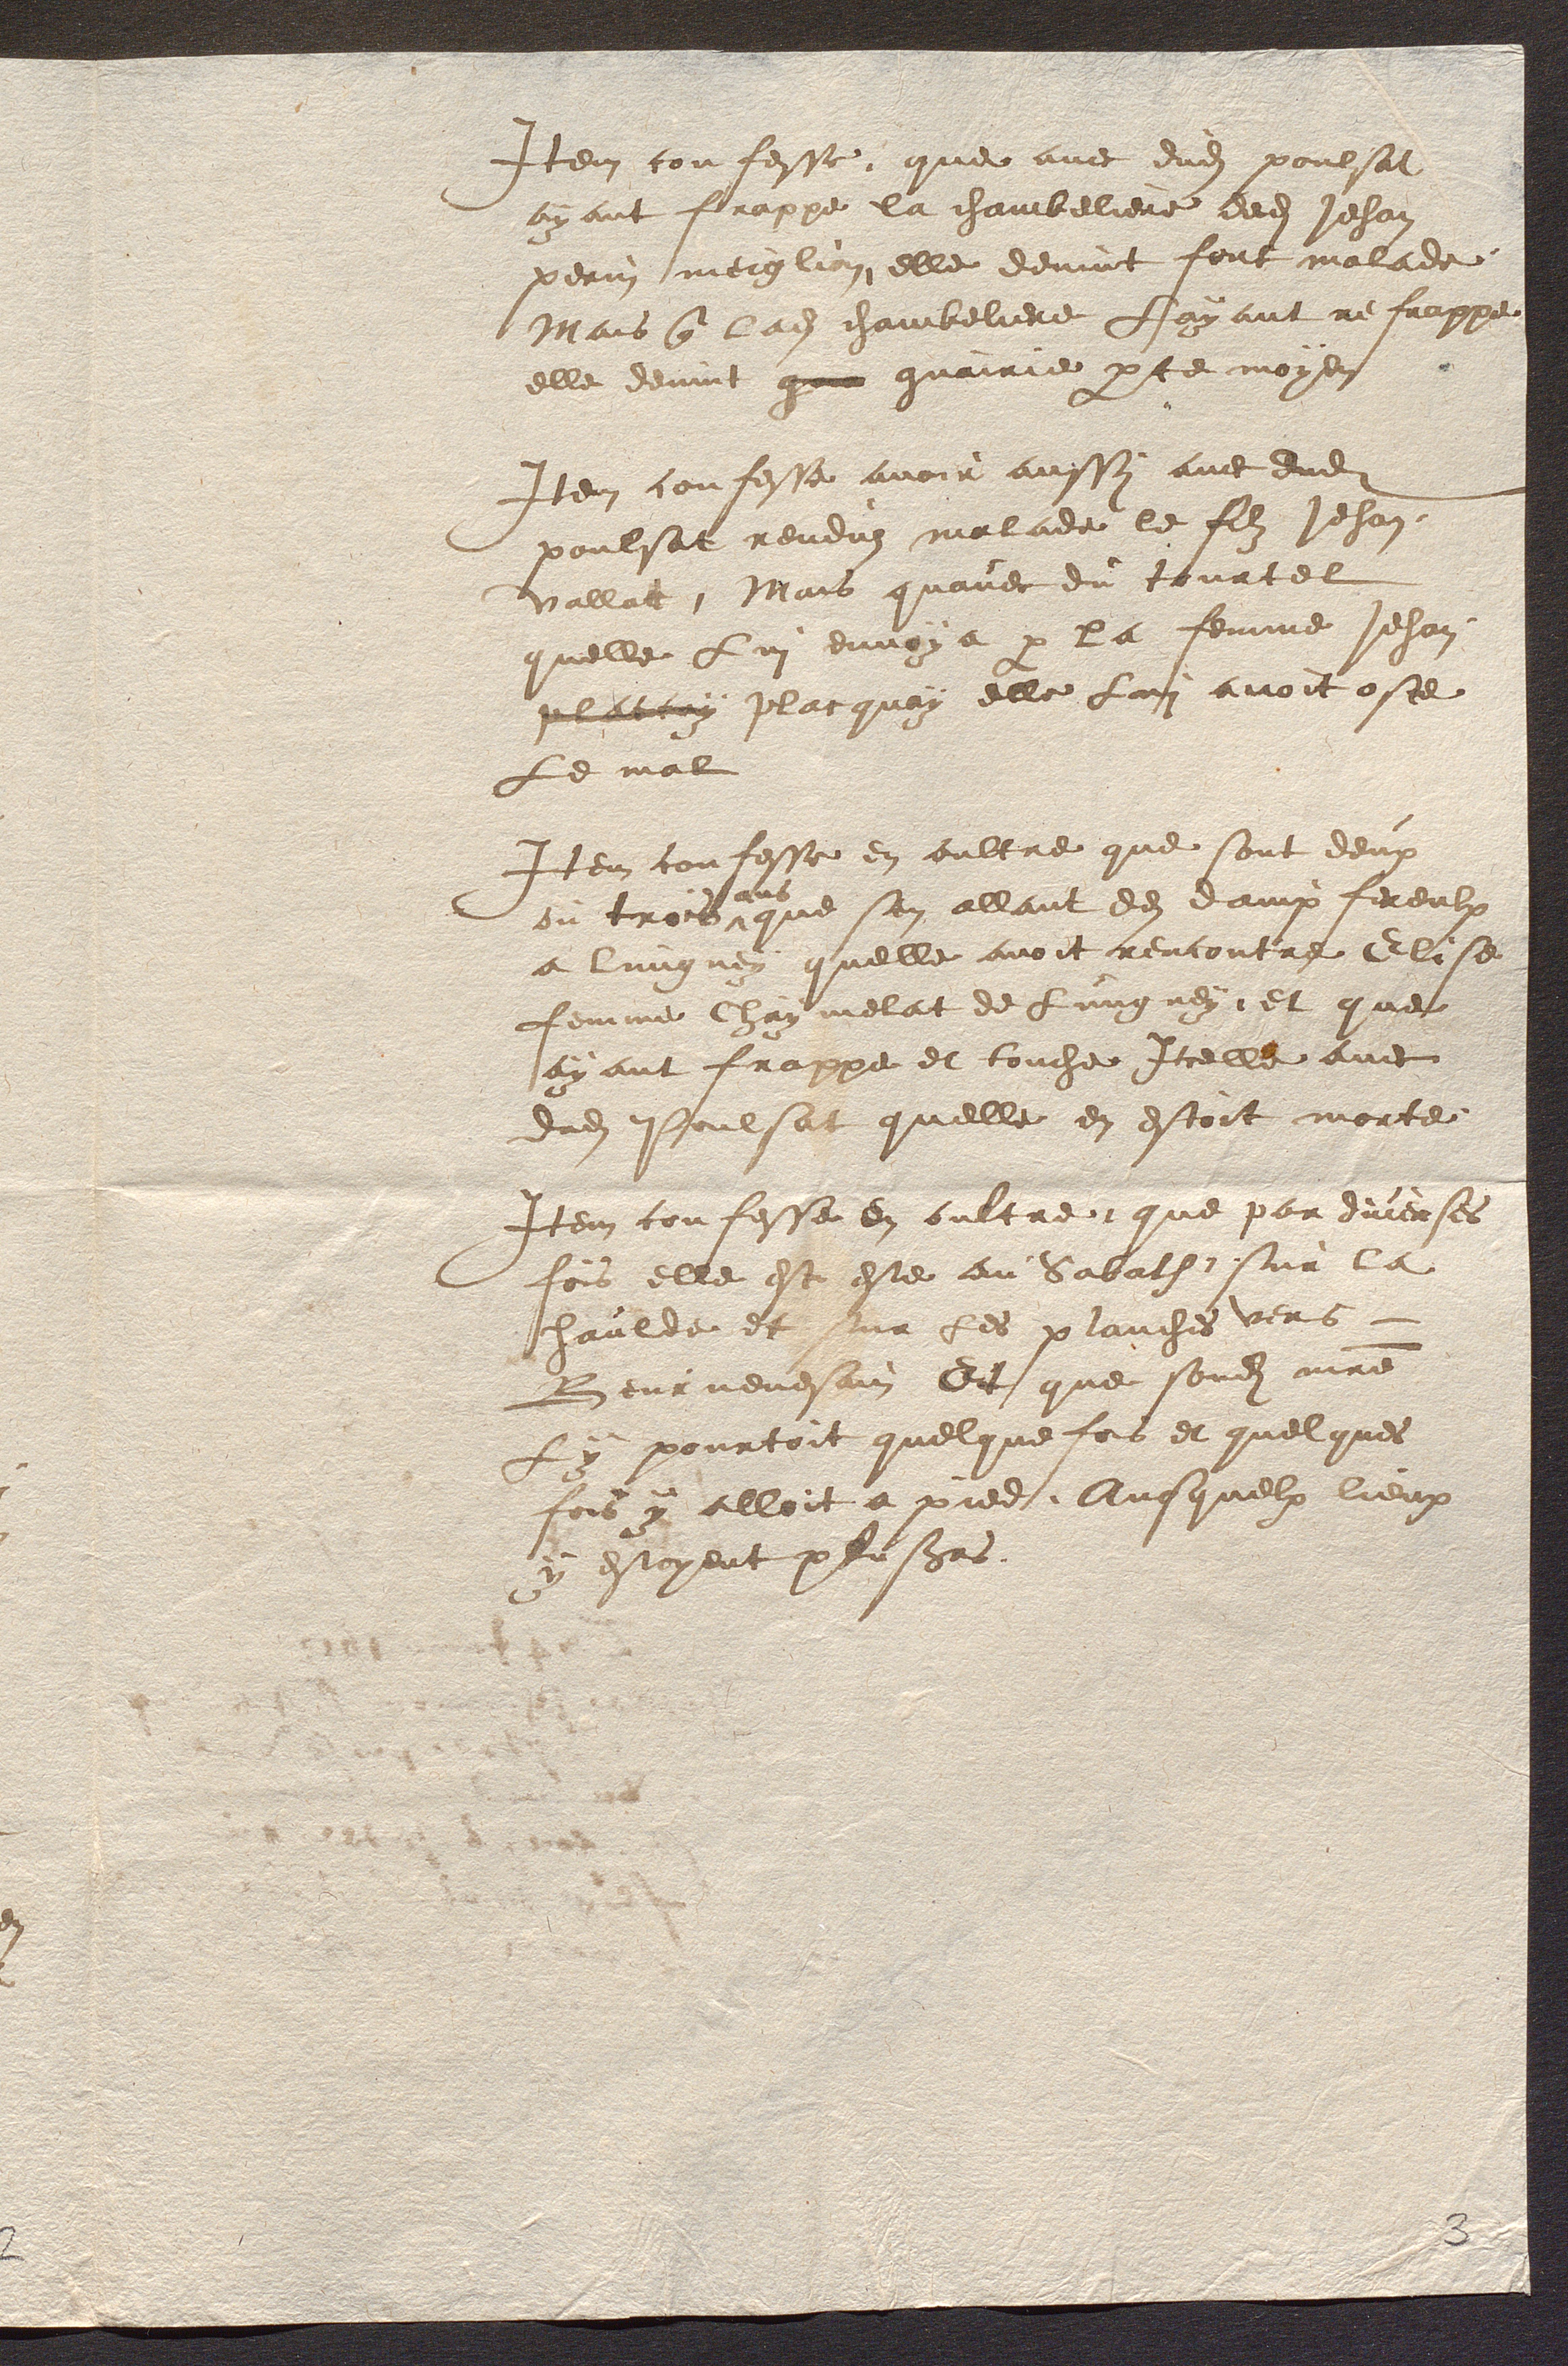
Item confesse que avec dudit poulsat
ayant frappe la chambeliere dudit Jehan
perin meiglin elle devint fort malade
Mais que ladite chambeliere Layant refrappe
elle devint que guairie par ce moyen
Item confesse avoir aussy avec dudit
poulsat renduz malade le filz Jehan
vallad Mais quavec du tourtel
quelle Lui envoya par la femme Jehan
plarrry placquoy elle Lui avoit oste
le mal
Item confesse en oultre que sont deux
ou trois
ans
que sen allant des dampfereulx
a lungney quelle avoit rencontre Elise
femme Chaymelat de Lungney et que
ayant frappe et touche Icelle avec
dudit Poulsat quelle en estoit morte
Item confesse en oultre que par duverses
fois elle est este au Sabath sur la
chaulde et sur les planches vers
Beurnevesain Et que sondit maitre
Ly pourtoit quelque fois et quelques
fois y alloit a pied, Ausquelx lieux
y estoyent plusieurs